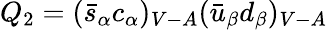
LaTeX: Q_{2}=(\bar{s}_{\alpha}c_{\alpha})_{V-A}(\bar{u}_{\beta}d_{\beta})_{V-A}